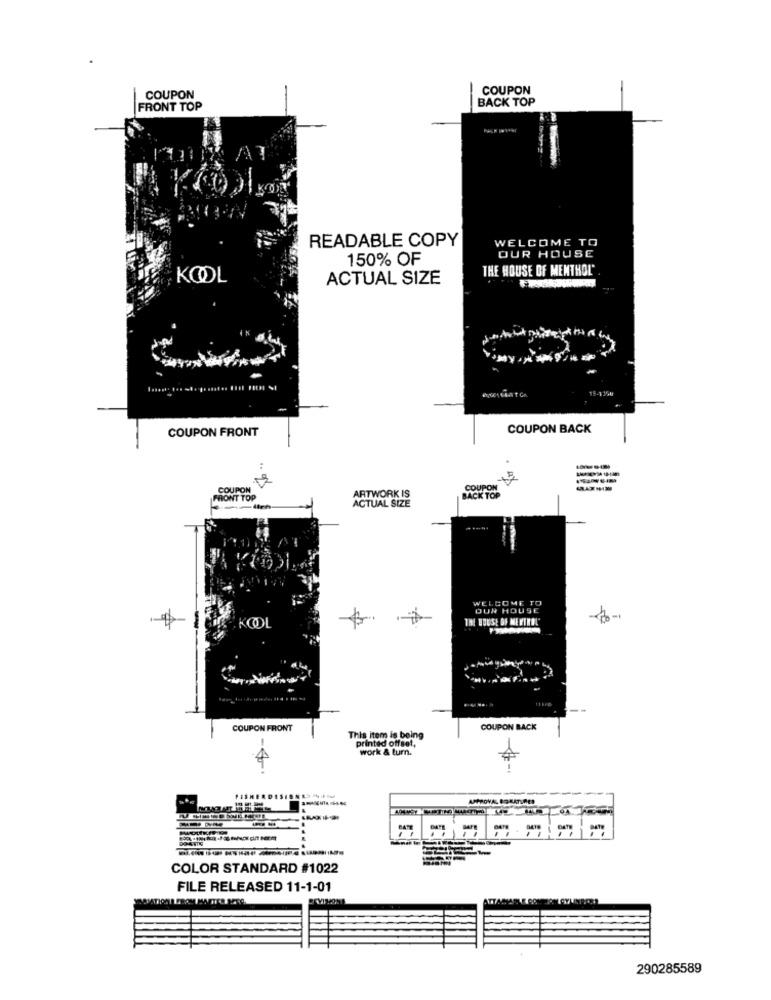
COUPON
COUPON
BACK TOP
FRONT TOP
READABLE COPY
WELCOME TO
150% OF
OUR HOUSE
THE HOUSE OF MENTHOL'
KOOL
ACTUAL SIZE
COUPON FRONT
COUPON BACK
COUPON
ARTWORK IS
BACK TOP
HONT TOP
ACTUAL SIZE
-
WELCOME TO
OUR HOUSE
KOOL
COUPON FRONT
COUPON BACK
This item is being
printed offset,
work & turn.
----
COLOR STANDARD #1022
FILE RELEASED 11-1-01
290285589